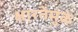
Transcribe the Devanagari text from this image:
क्षारतेमुळे